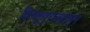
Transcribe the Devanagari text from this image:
विल्लुपुरमपासून